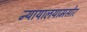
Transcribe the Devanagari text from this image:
न्यायालयामसोर